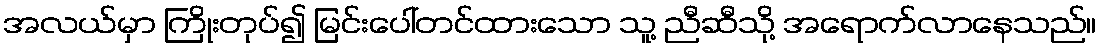
အလယ်မှာ ကြိုးတုပ်၍ မြင်းပေါ်တင်ထားသော သူ့ ညီဆီသို့ အရောက်လာနေသည်။